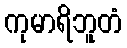
ကုမာရိဘူတံ